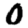
Digit: 0